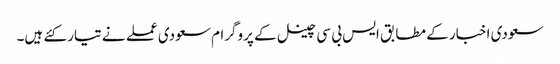
سعودی اخبار کے مطابق ایس بی سی چینل کے پروگرام سعودی عملے نے تیار کئے ہیں۔